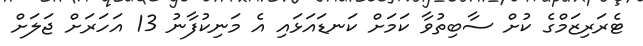
ޓެރަރިޒަމްގެ ކުށް ސާބިތުވާ ކަމަށް ކަނޑައަޅައި އެ މަނިކުފާނު 13 އަހަރަށް ޖަލަށް